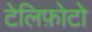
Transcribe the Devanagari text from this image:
टेलिफ़ोटो